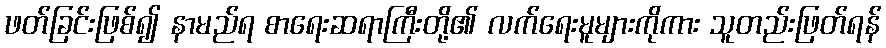
ဖတ်ခြင်းဖြစ်၍ နာမည်ရ စာရေးဆရာကြီးတို့၏ လက်ရေးမူများကိုကား သူတည်းဖြတ်ရန်